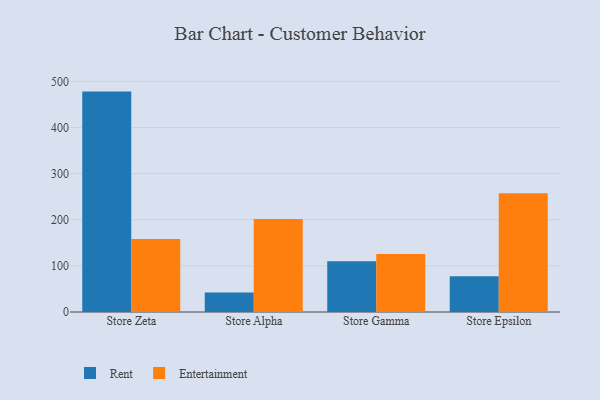
{"axis": {"x": "Store", "y": "Waste Production (Tons)"}, "legend": ["Entertainment", "Rent"], "data": [{"x": "Store Zeta", "y": 477.8, "type": "Rent"}, {"x": "Store Zeta", "y": 158.5, "type": "Entertainment"}, {"x": "Store Alpha", "y": 42.2, "type": "Rent"}, {"x": "Store Alpha", "y": 201.4, "type": "Entertainment"}, {"x": "Store Gamma", "y": 110.0, "type": "Rent"}, {"x": "Store Gamma", "y": 125.8, "type": "Entertainment"}, {"x": "Store Epsilon", "y": 77.3, "type": "Rent"}, {"x": "Store Epsilon", "y": 257.4, "type": "Entertainment"}]}